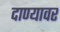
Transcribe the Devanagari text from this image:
दाण्यावर